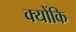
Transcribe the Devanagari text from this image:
क्योंकि